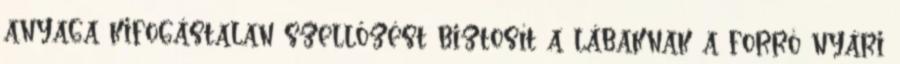
anyaga kifogástalan szellőzést biztosít a lábaknak a forró nyári